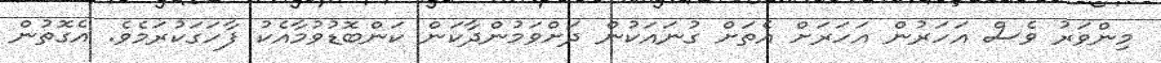
މިންވަރު ވެސް އަހަރުން އަހަރަށް އެތަށް ގުނައަކުން ދަށްވަމުންދާކަން ކަންބޮޑުވުމާއެކު ފާހަގަކުރަމެވެ. އެގޮތުން